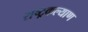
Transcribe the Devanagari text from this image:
राष्ट्रकल्याण